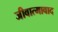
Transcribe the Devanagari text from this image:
जीवात्मावाद